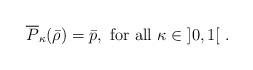
LaTeX: \begin{align*} \overline P_{\kappa}(\bar \rho) = \bar p,\mbox{ for all }\kappa\in \left]0,1\right[ \,.\end{align*}